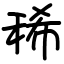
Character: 稀